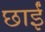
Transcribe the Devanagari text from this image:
छाईं